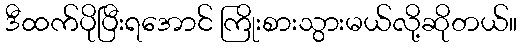
ဒီထက်ပိုပြီးရအောင် ကြိုးစားသွားမယ်လို့ဆိုတယ်။